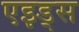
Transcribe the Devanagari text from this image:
एइड्स